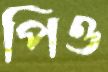
পিও